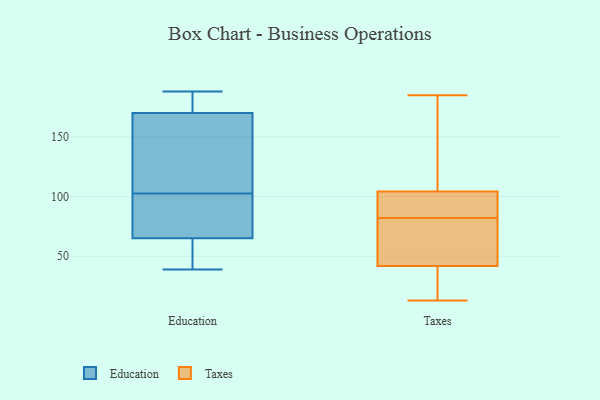
{"axis": {"x": "Budget (USD K)", "y": "Value"}, "legend": ["Education", "Taxes"], "data": [{"x": "", "y": 153, "type": "Education"}, {"x": "", "y": 65, "type": "Education"}, {"x": "", "y": 46, "type": "Education"}, {"x": "", "y": 39, "type": "Education"}, {"x": "", "y": 170, "type": "Education"}, {"x": "", "y": 188, "type": "Education"}, {"x": "", "y": 97, "type": "Education"}, {"x": "", "y": 100, "type": "Education"}, {"x": "", "y": 105, "type": "Education"}, {"x": "", "y": 183, "type": "Education"}, {"x": "", "y": 18, "type": "Taxes"}, {"x": "", "y": 182, "type": "Taxes"}, {"x": "", "y": 32, "type": "Taxes"}, {"x": "", "y": 185, "type": "Taxes"}, {"x": "", "y": 102, "type": "Taxes"}, {"x": "", "y": 73, "type": "Taxes"}, {"x": "", "y": 82, "type": "Taxes"}, {"x": "", "y": 60, "type": "Taxes"}, {"x": "", "y": 98, "type": "Taxes"}, {"x": "", "y": 13, "type": "Taxes"}, {"x": "", "y": 44, "type": "Taxes"}, {"x": "", "y": 41, "type": "Taxes"}, {"x": "", "y": 93, "type": "Taxes"}, {"x": "", "y": 105, "type": "Taxes"}, {"x": "", "y": 120, "type": "Taxes"}]}